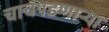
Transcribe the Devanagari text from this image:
चाचपडणार्‍या